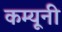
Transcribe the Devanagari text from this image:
कम्यूनी